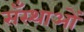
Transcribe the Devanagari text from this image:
सँस्थाओं